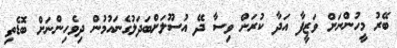
ބޭރު މީހުންނަށް ވަޒީފާ އަދާ ކުރަން ވިސާ ދޭ އުސޫލަށްބަދަލުގެނައުމުން ދިވެހިންނަށް ބޮޑެތި